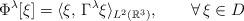
LaTeX: \begin{align*} \Phi^\lambda[\xi]=\langle\xi,\,\Gamma^\lambda\xi\rangle_{L^2(\mathbb{R}^3)},\qquad\forall\,\xi\in D\end{align*}